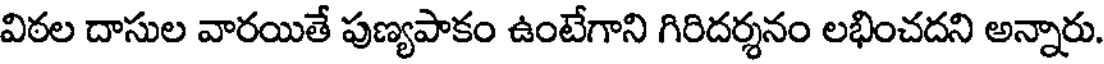
విఠల దాసుల వారయితే పుణ్యపాకం ఉంటేగాని గిరిదర్శనం లభించదని అన్నారు.